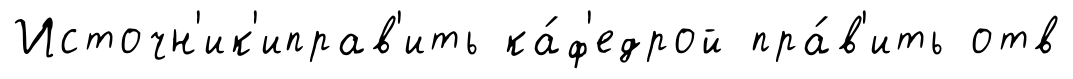
Источн'ик'иправ'ить ка́ф'едрой пра́в'ить отв